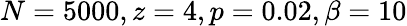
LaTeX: N=5000,z=4,p=0.02,\beta=10